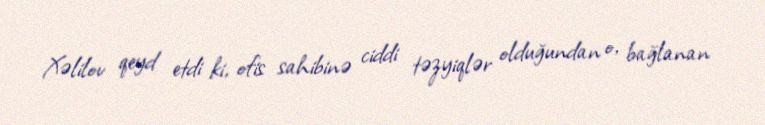
Xəlilov qeyd etdi ki, ofis sahibinə ciddi təzyiqlər olduğundan o, bağlanan